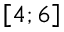
\left[ 4 ; 6 \right]